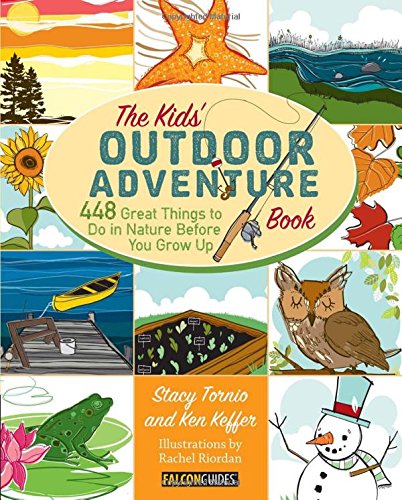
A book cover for Kids' Outdoor Adventure Book: 448 Great Things to Do in Nature Before You Grow Up; Stacy Tornio; Science & Math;